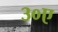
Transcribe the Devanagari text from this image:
३०ए